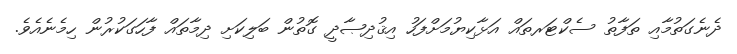
ދެނެގަތުމާއި ތަފާތު ސެކްޓަރތައް އަޅާކިޔުމަށްފަހު އިޤުދިޞާދީ ގޮތުން ބަލިކަށި ދިމާތައް ފާހަގަކުރުން ހިމެނެއެވެ.